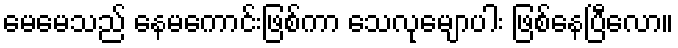
မေမေသည် နေမကောင်းဖြစ်ကာ သေလုမျောပါး ဖြစ်နေပြီလော။